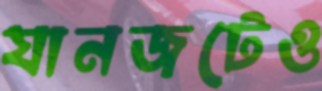
যানজটেও